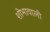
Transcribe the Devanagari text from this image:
शोभावाली